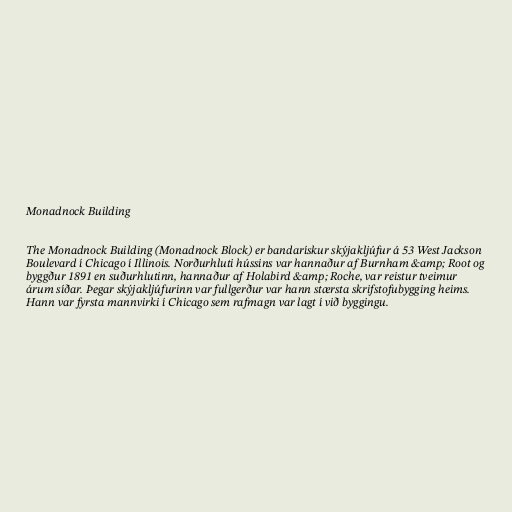
Monadnock Building

The Monadnock Building (Monadnock Block) er bandarískur skýjakljúfur á 53 West Jackson
Boulevard í Chicago í Illinois. Norðurhluti hússins var hannaður af Burnham &amp; Root og
byggður 1891 en suðurhlutinn, hannaður af Holabird &amp; Roche, var reistur tveimur
árum síðar. Þegar skýjakljúfurinn var fullgerður var hann stærsta skrifstofubygging heims.
Hann var fyrsta mannvirki í Chicago sem rafmagn var lagt í við byggingu.